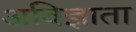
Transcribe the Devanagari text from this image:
अविज्ञाता